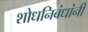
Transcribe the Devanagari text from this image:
शोधनिबंधांनी